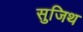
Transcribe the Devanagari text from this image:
सुजिथ